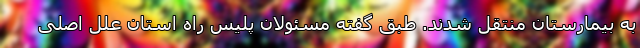
به بیمارستان منتقل شدند. طبق گفته مسئولان پلیس راه استان علل اصلی